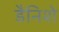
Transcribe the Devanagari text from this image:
डैनिशे